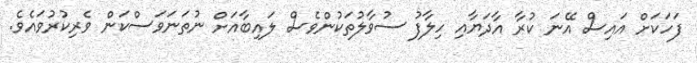
ފަހަކަށް އައިސް އޭނަ ކުރާ އާދަޔާއި ހިލާފު ސުވާލުތަކުންވެސް ލައިބާއަށް ނުތަނަވަސްކަން ވެރިކުރުވައެވެ.